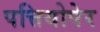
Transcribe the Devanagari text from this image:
पत्तियोपेर